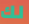
لك